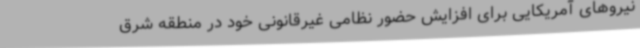
نیروهای آمریکایی برای افزایش حضور نظامی غیرقانونی خود در منطقه شرق